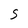
Character: S